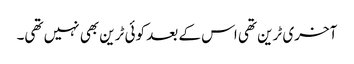
آخری ٹرین تھی اس کے بعد کوئی ٹرین بھی نہیں تھی۔